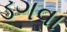
ડગવા